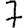
Digit: 7